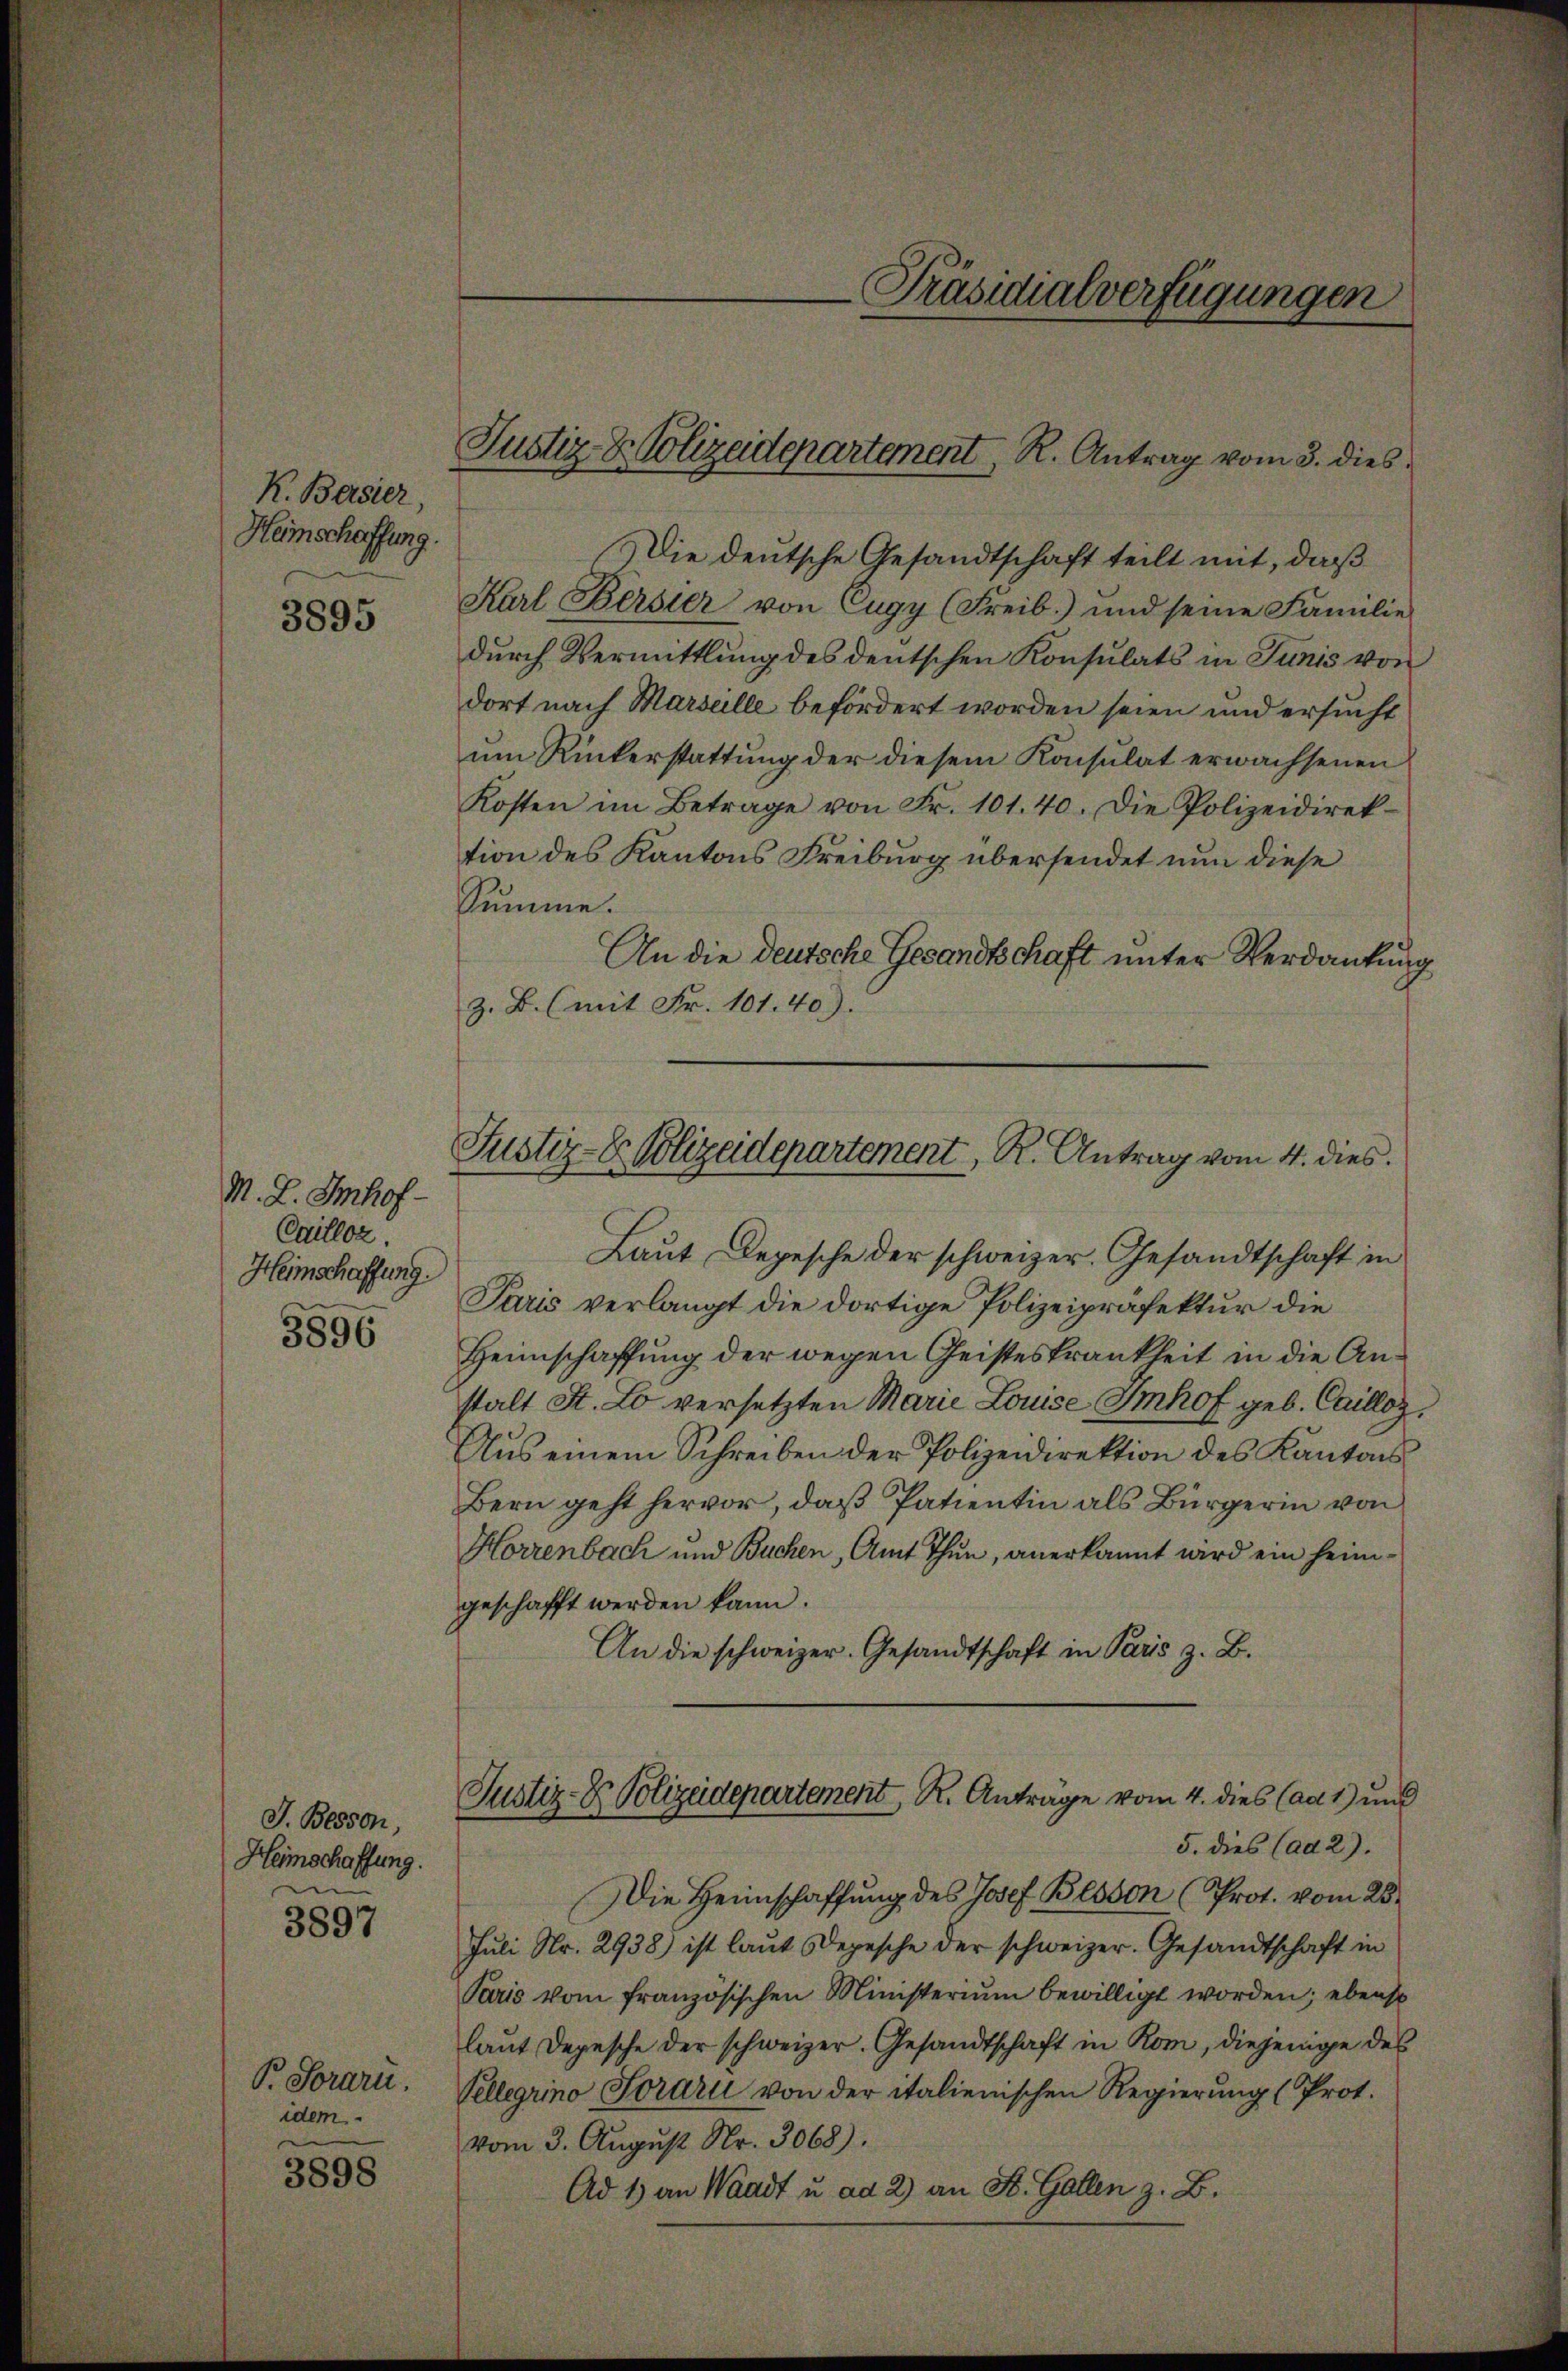
K. Basler,
Heimschaffung.

3895

M. L. Imhof-
Cailloz.
Heimschaffung.
3896

J. Bessen,
Heimschaffung.
3897

Pr. Soraru
idem
3898

Die deutsche Gesandtschaft teilt mit, daß
Karl Bersier von Cugy (Freib.) und seine Familie
durch Vermittlung des deutschen Konsulats in Junis von
dort nach Marselle befördert worden seien und ersucht
um Rükerstattung der diesem Konsulat erwachsenen
Kosten im Betrage von Fr. 101. 40. Die Polizeidirektion des Kantons Freiburg übersendet nun diese
Summe.
An die deutsche Gesandtschaft unter Verdankung
z. B. (mit Fr. 101. 40).

Laut Depesche der schweizer. Gesandtschaft in
Paris verlangt die dortige Polizeipräfektur die
Heimschaffung der wegen Geisteskrankheit in die Anstalt St. Lo versetzten Marie Louise Imhof geb. Caillos,
Aŭs einem Schreiben der Polizeidirektion des Kantons
Bern geht hervor, daß Patientin als Bürgerin von
Horrenbach und Buchen, Amt Thun, anerkannt wird ein heimgeschafft werden kann.
An die schweizer. Gesandtschaft in Paris z. B.
Justiz- & Polizeidepartement K. Anträge vom 4. dies (ad 1) und
5. dies (ad 2).
Die Heimschaffung des Josef Bessen (Prot. vom 28.
Juli Nr. 2938) ist laut Depesche der schweizer. Gesandtschaft in
Paris vom französischen Ministerium bewilligt worden; ebenst
laut Depesche der schweizer. Gesandtschaft in Rom, diejenige des
Vellgrino Jorari von der italienischen Regierŭng (Prot.
vom 3. August Nr. 3068).
Ad 1) an Waadt u. ad 2) an St. Gallen z. B.

Präsidialverfügungen

Justiz- & Polizeidepartement, R. Antrag vom 3. dies

Justiz-Dr. Polizeidepartement, R. Antrag vom 4. dies